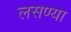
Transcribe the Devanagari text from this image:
लसण्या